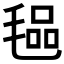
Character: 𭯞